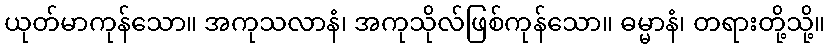
ယုတ်မာကုန်သော။ အကုသလာနံ၊ အကုသိုလ်ဖြစ်ကုန်သော။ ဓမ္မာနံ၊ တရားတို့သို့။